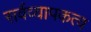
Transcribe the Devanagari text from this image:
सर्वव्यापकत्व